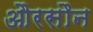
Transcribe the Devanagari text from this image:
औरसौन